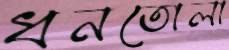
ধনতোলা